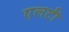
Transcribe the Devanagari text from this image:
एलटी